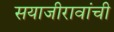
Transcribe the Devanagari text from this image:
सयाजीरावांची